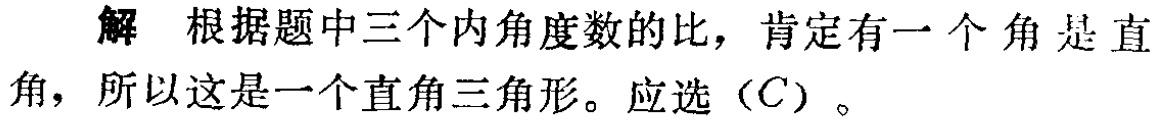
解 根据题中三个内角度数的比，肯定有一个角是直角，所以这是一个直角三角形。应选（\(C\)）。